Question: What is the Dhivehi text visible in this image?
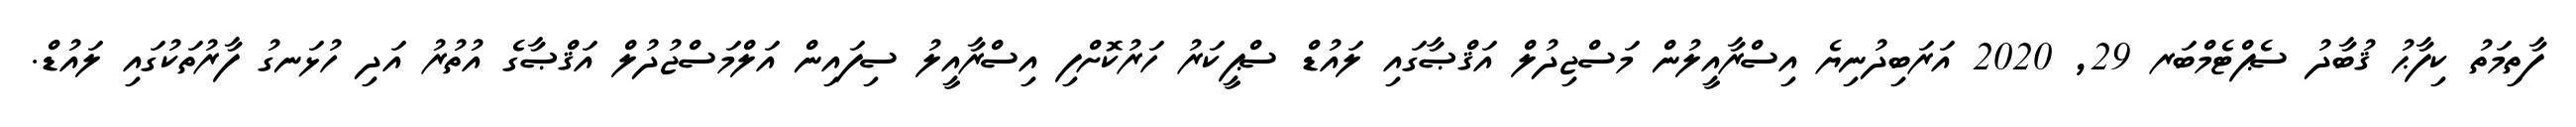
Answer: ފާތިމަތު ކިފާޙު ޤުބާދު ސެޕްޓެމްބަރ 29, 2020 އަރަބިދުނިޔެ އިސްރާއީލުން މަސްޖިދުލް އަޤްޞާގައި ލައުޑް ސްޕީކަރު ހަރުކޮށްފި އިސްރާއީލު ސިފައިން އަލްމަސްޖުދުލް އަޤްޞާގެ އުތުރު އަދި ހުޅަނގު ފާރުތަކުގައި ލައުޑް.